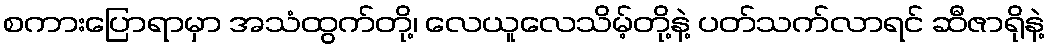
စကားပြောရာမှာ အသံထွက်တို့၊ လေယူလေသိမ့်တို့နဲ့ ပတ်သက်လာရင် ဆီဇာရိုနဲ့